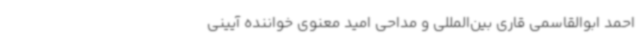
احمد ابوالقاسمی قاری بین‌المللی و مداحی امید معنوی خواننده آیینی